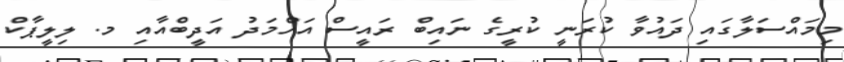
މިމައްސަލާގައި ދައުވާ ކުރަނީ ކުރީގެ ނައިބް ރައީސް އަހްމަދު އަދީބްއާއި މ. ލިލީޕާކް